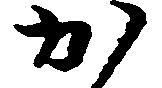
か